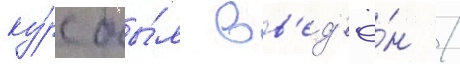
ку́рс бы́л вв'ед'ё́н /